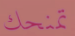
تمنحك